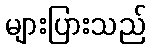
များပြားသည်